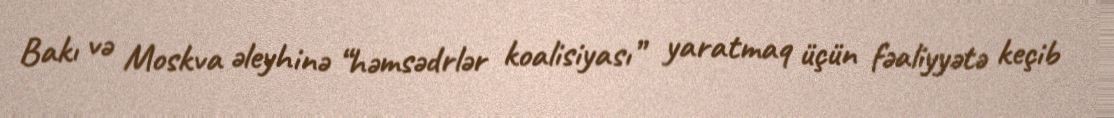
Bakı və Moskva əleyhinə “həmsədrlər koalisiyası” yaratmaq üçün fəaliyyətə keçib